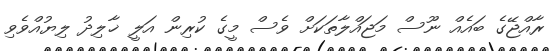
ރާއްޖޭގެ ބައެއް ނޫސް މަޖައްލާތަކަށް ވެސް މީގެ ކުރިން އަލީ ޚާލިދު ލިޔުއްވެވި